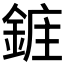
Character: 𮢔